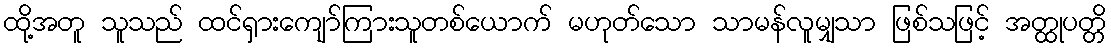
ထို့အတူ သူသည် ထင်ရှားကျော်ကြားသူတစ်ယောက် မဟုတ်သော သာမန်လူမျှသာ ဖြစ်သဖြင့် အတ္ထုပတ္တိ